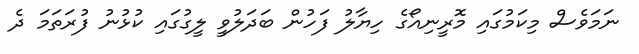
ނަމަވެސް މިކަމުގައި މޮރީނިއޯގެ ހިޔާލު ފަހުން ބަދަލުވީ ލީގުގައި ކުޅުނު ފުރަތަމަ ދެ